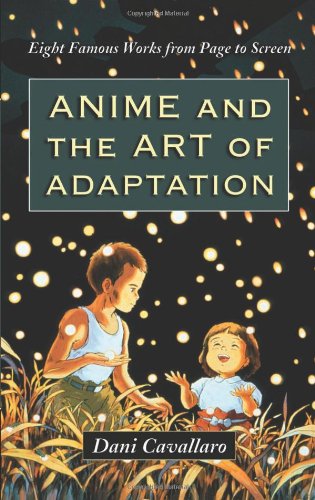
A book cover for Anime and the Art of Adaptation: Eight Famous Works from Page to Screen; Dani Cavallaro; Humor & Entertainment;